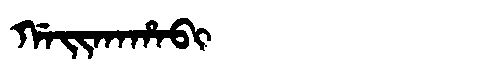
Manchu: ᡤᠠᡳᡴᠠᡥᠠᠪᡳ
Romanization: GAIKAHABI